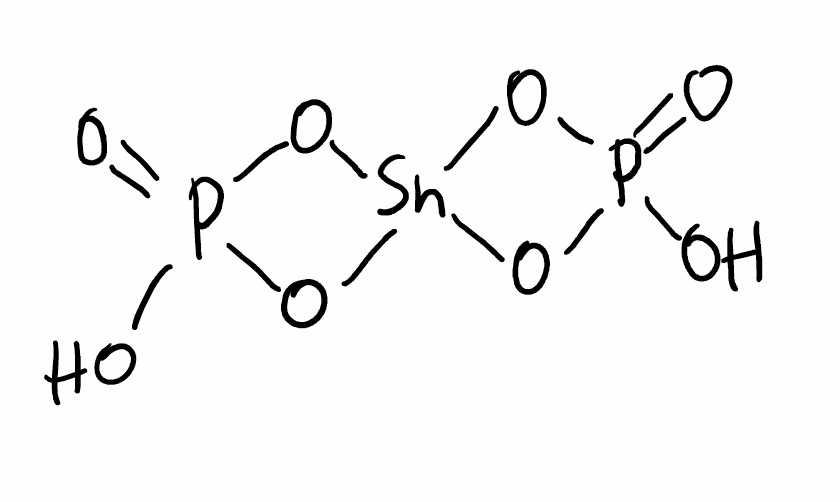
Simplified molecular-input line-entry system (SMILES) notation of the given molecule:
OP1(=O)O[Sn]2(O1)OP(=O)(O2)O